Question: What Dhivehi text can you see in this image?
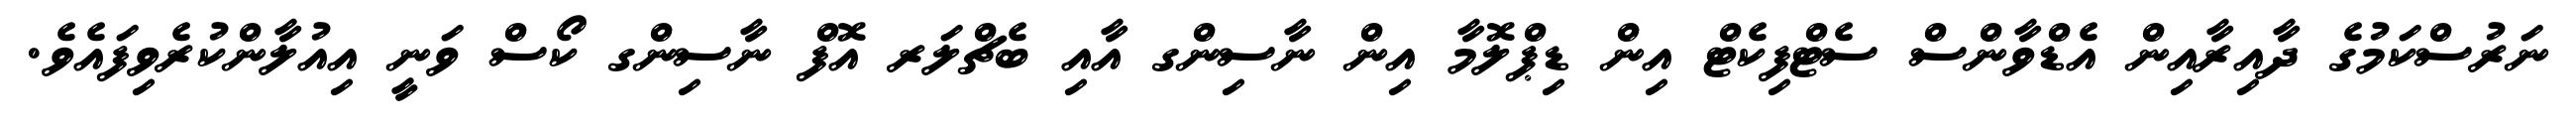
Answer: ނަރުސްކަމުގެ ދާއިރާއިން އެޑްވާންސް ސެޓްފިކެޓް އިން ޑިޕްލޮމާ އިން ނާސިންގ އާއި ބެޗްލަރ އޮފް ނާސިންގ ކޯސް ވަނީ އިއުލާންކުރެވިފައެވެ.